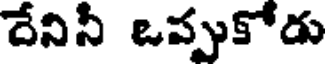
దేనినీ ఒప్పుకోడు